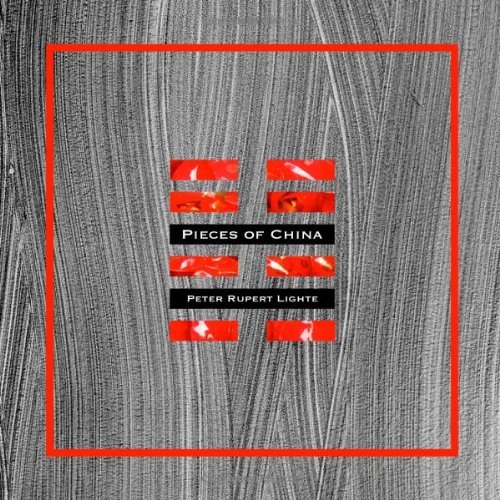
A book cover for Pieces of China; Peter Lighte; Biographies & Memoirs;